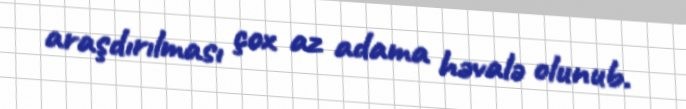
araşdırılması çox az adama həvalə olunub.